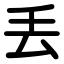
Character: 丢